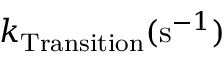
k _ { \mathrm { T r a n s i t i o n } } ( \mathrm { s } ^ { - 1 } )